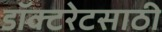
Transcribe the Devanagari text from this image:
डॉक्टरेटसाठी